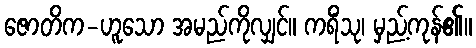
ဇောတိက-ဟူသော အမည်ကိုလျှင်။ ကရိံသု၊ မှည့်ကုန်၏။